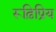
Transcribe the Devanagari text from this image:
रूढ़िप्रिय